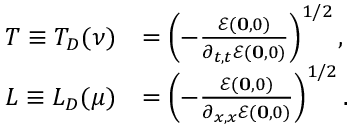
\begin{array} { r l } { T \equiv T _ { D } ( \nu ) } & { = \left( - \frac { \mathcal { E } ( \mathbf { 0 } , 0 ) } { \partial _ { t , t } \mathcal { E } ( \mathbf { 0 } , 0 ) } \right) ^ { 1 / 2 } , } \\ { L \equiv L _ { D } ( \mu ) } & { = \left( - \frac { \mathcal { E } ( \mathbf { 0 } , 0 ) } { \partial _ { x , x } \mathcal { E } ( \mathbf { 0 } , 0 ) } \right) ^ { 1 / 2 } . } \end{array}